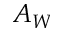
A _ { W }